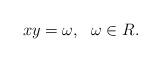
LaTeX: \begin{align*}xy = \omega, \ \ \omega\in R.\end{align*}